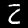
Label: 2